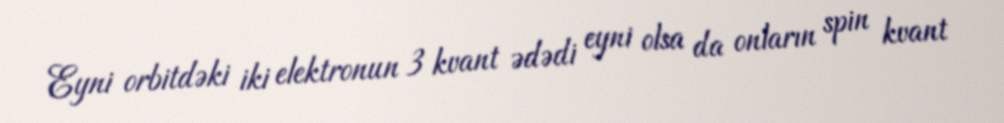
Eyni orbitdəki iki elektronun 3 kvant ədədi eyni olsa da onların spin kvant